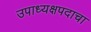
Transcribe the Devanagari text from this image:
उपाध्यक्षपदाचा